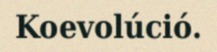
Koevolúció.